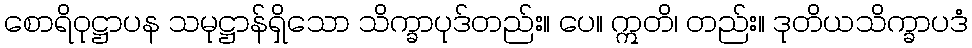
စောရိဝုဋ္ဌာပန သမုဋ္ဌာန်ရှိသော သိက္ခာပုဒ်တည်း။ ပေ။ ဣတိ၊ တည်း။ ဒုတိယသိက္ခာပဒံ